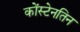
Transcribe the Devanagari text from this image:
कोंस्टेनतिन